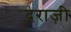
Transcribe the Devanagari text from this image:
दराज़ी